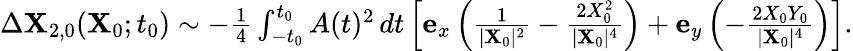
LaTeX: \begin{array}{r}{\Delta\mathbf{X}_{2,0}(\mathbf{X}_{0};t_{0})\sim-\frac{1}{4}\int_{-t_{0}}^{t_{0}}A(t)^{2}\, dt\left[\mathbf{e}_{x}\left(\frac{1}{\vert\mathbf{X}_{0}\vert^{2}}-\frac{2X_{0}^{2}}{\vert\mathbf{X}_{0}\vert^{4}}\right)+\mathbf{e}_{y}\left(-\frac{2X_{0}Y_{0}}{\vert\mathbf{X}_{0}\vert^{4}}\right)\right].}\end{array}